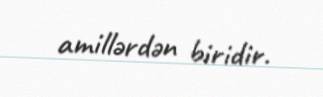
amillərdən biridir.